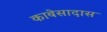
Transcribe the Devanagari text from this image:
काबेसादास